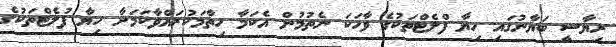
ރިޔާސީ ބަޔާނުގައި ހިޔާ ފްލެޓްތަކުގެ ވާހަކަ ނެތުމުން އެކަމާ ހިތާމަކުރައްވާކަމަށާ ހިޔާ ފުލެޓްތަކުގެ